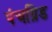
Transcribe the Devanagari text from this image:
पंचग्रिड